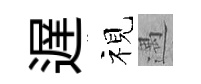
遅视遇